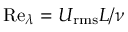
\mathrm { R e } _ { \lambda } = U _ { \mathrm { r m s } } L / \nu